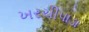
ખરચીપાડા